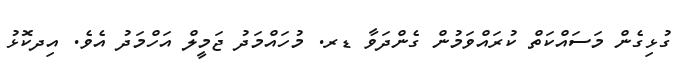
ގުޅިގެން މަސައްކަތް ކުރައްވަމުން ގެންދަވާ ޑރ. މުހައްމަދު ޖަމީލް އަހްމަދު އެވެ. އިދކޮޅު